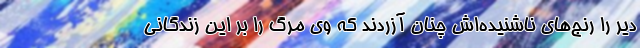
دیر را رنج‌های ناشنیده‌اش چنان آزردند که وی مرگ را بر این زندگانی